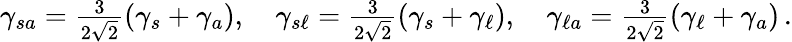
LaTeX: \begin{array}{r}{\gamma_{sa}=\frac{3}{2\sqrt{2}}(\gamma_{s}+\gamma_{a}),\quad\gamma_{s\ell}=\frac{3}{2\sqrt{2}}(\gamma_{s}+\gamma_{\ell}),\quad\gamma_{{\ell}a}=\frac{3}{2\sqrt{2}}(\gamma_{\ell}+\gamma_{a})\, .}\end{array}